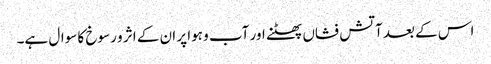
اس کے بعد آتش فشاں پھٹنے اور آب و ہوا پر ان کے اثر و رسوخ کا سوال ہے۔